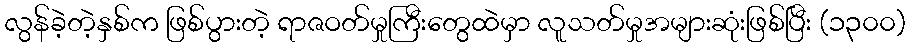
လွန်ခဲ့တဲ့နှစ်က ဖြစ်ပွားတဲ့ ရာဇဝတ်မှုကြီးတွေထဲမှာ လူသတ်မှုအများဆုံးဖြစ်ပြီး (၁၃၀၀)